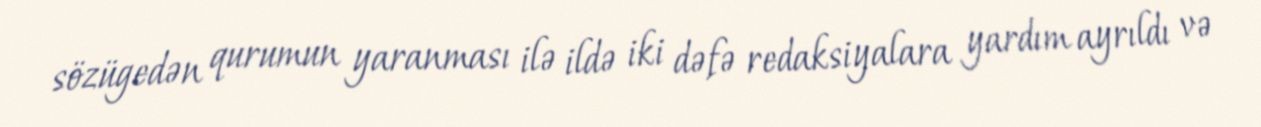
sözügedən qurumun yaranması ilə ildə iki dəfə redaksiyalara yardım ayrıldı və